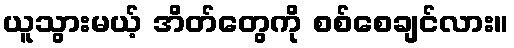
ယူသွားမယ့် အိတ်တွေကို စစ်စေချင်လား။